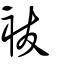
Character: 袚